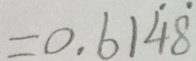
= 0 . 6 1 \dot { 4 } \dot { 8 }